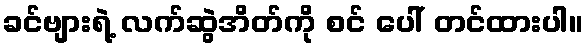
ခင်ဗျားရဲ့ လက်ဆွဲအိတ်ကို စင် ပေါ် တင်ထားပါ။